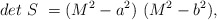
\begin{align*}det~S~ = (M^2 - a^2)~(M^2 - b^2), \qquad\end{align*}